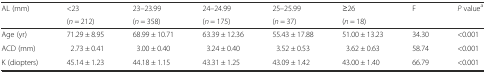
<table><thead><tr><td rowspan="2"><b>AL (mm)</b></td><td><b>&lt;23</b></td><td><b>23–23.99</b></td><td><b>24–24.99</b></td><td><b>25–25.99</b></td><td><b>≥26</b></td><td rowspan="2"><b>F</b></td><td rowspan="2"><b><i>P</i> value<sup>a</sup></b></td></tr><tr><td><b>(<i>n</i> = 212)</b></td><td><b>(<i>n</i> = 358)</b></td><td><b>(<i>n</i> = 175)</b></td><td><b>(<i>n</i> = 37)</b></td><td><b>(<i>n</i> = 18)</b></td></tr></thead><tbody><tr><td>Age (yr)</td><td>71.29 ± 8.95</td><td>68.99 ± 10.71</td><td>63.39 ± 12.36</td><td>55.43 ± 17.88</td><td>51.00 ± 13.23</td><td>34.30</td><td>&lt;0.001</td></tr><tr><td>ACD (mm)</td><td>2.73 ± 0.41</td><td>3.00 ± 0.40</td><td>3.24 ± 0.40</td><td>3.52 ± 0.53</td><td>3.62 ± 0.63</td><td>58.74</td><td>&lt;0.001</td></tr><tr><td>K (diopters)</td><td>45.14 ± 1.23</td><td>44.18 ± 1.15</td><td>43.31 ± 1.25</td><td>43.09 ± 1.42</td><td>43.00 ± 1.40</td><td>66.79</td><td>&lt;0.001</td></tr></tbody></table>